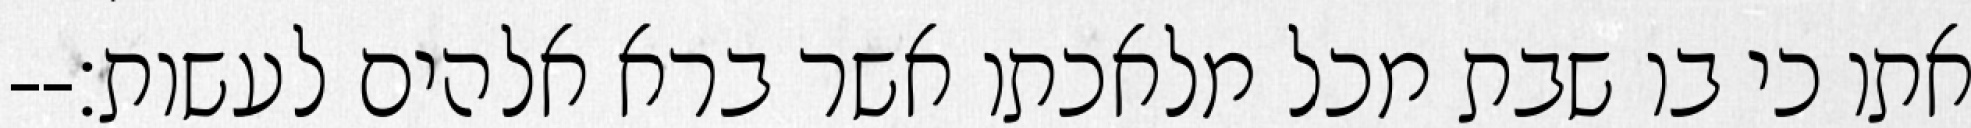
אתו כי בו שבת מכל מלאכתו אשר ברא אלהים לעשות׃--